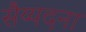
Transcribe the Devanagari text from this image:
सैय्यदना